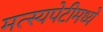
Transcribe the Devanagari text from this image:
मत्स्यपेटीमध्ये